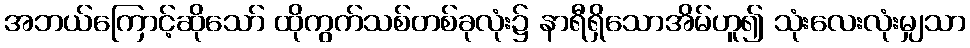
အဘယ်ကြောင့်ဆိုသော် ထိုကွက်သစ်တစ်ခုလုံး၌ နာရီရှိသောအိမ်ဟူ၍ သုံးလေးလုံးမျှသာ